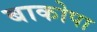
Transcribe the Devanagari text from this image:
बाकोपा